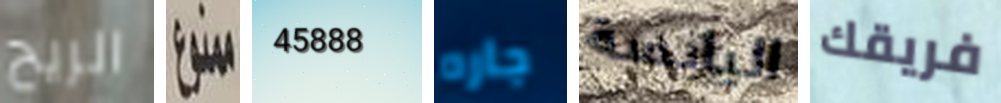
الريح ممنوع 45888 جاره اليابسة فريقك